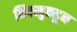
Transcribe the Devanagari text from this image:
भिक्खुकडून